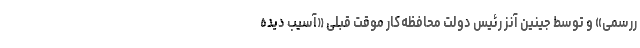
ررسمی» و توسط جینین آنز رئیس دولت محافظه‌کار موقت قبلی «آسیب دیده